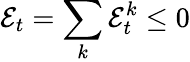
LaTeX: \mathcal{E}_{t}=\sum_{k}\mathcal{E}_{t}^{k}\leq 0